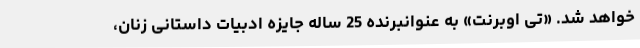
خواهد شد. «تی اوبرنت» به عنوانبرنده 25 ساله جایزه ادبیات داستانی زنان،